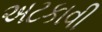
અટકાવી